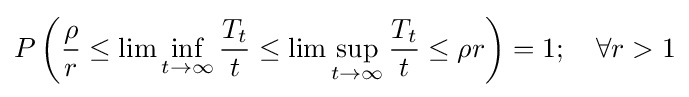
P\left({\frac {\rho }{r}}\leq \lim \inf _{t\rightarrow \infty }{\frac {T_{t}}{t}}\leq \lim \sup _{t\rightarrow \infty }{\frac {T_{t}}{t}}\leq \rho r\right)=1;\quad \forall r>1